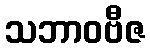
သဘာဝဗီဇ